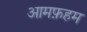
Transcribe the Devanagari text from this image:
आमफ़हम